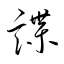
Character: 諜